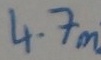
Text: 4.7m